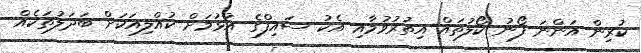
ކުރިން އަންނަ ފޯނު ކޯލުތައް އިތުރުވުމާއި އެކު ސައިފްގެ އުޅުމަށް ކުއްލިއަކަށް ބަދަލުތަކެއް